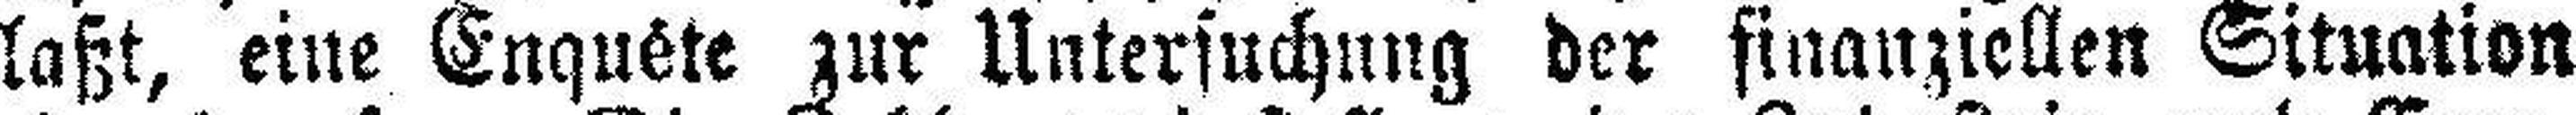
laßt, eine Enquête zur Untersuchung der finanziellen Situation